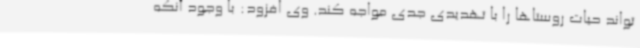
تواند حیات روستاها را با تهدیدی جدی مواجه کند. وی افزود: با وجود آنکه